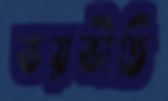
ভয়ভীতি